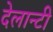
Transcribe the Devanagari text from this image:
देलान्टी